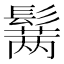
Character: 𱆆